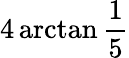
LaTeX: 4\arctan{\frac{1}{5}}